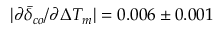
| \partial \bar { \delta } _ { c o } / \partial \Delta T _ { m } | = 0 . 0 0 6 \pm 0 . 0 0 1